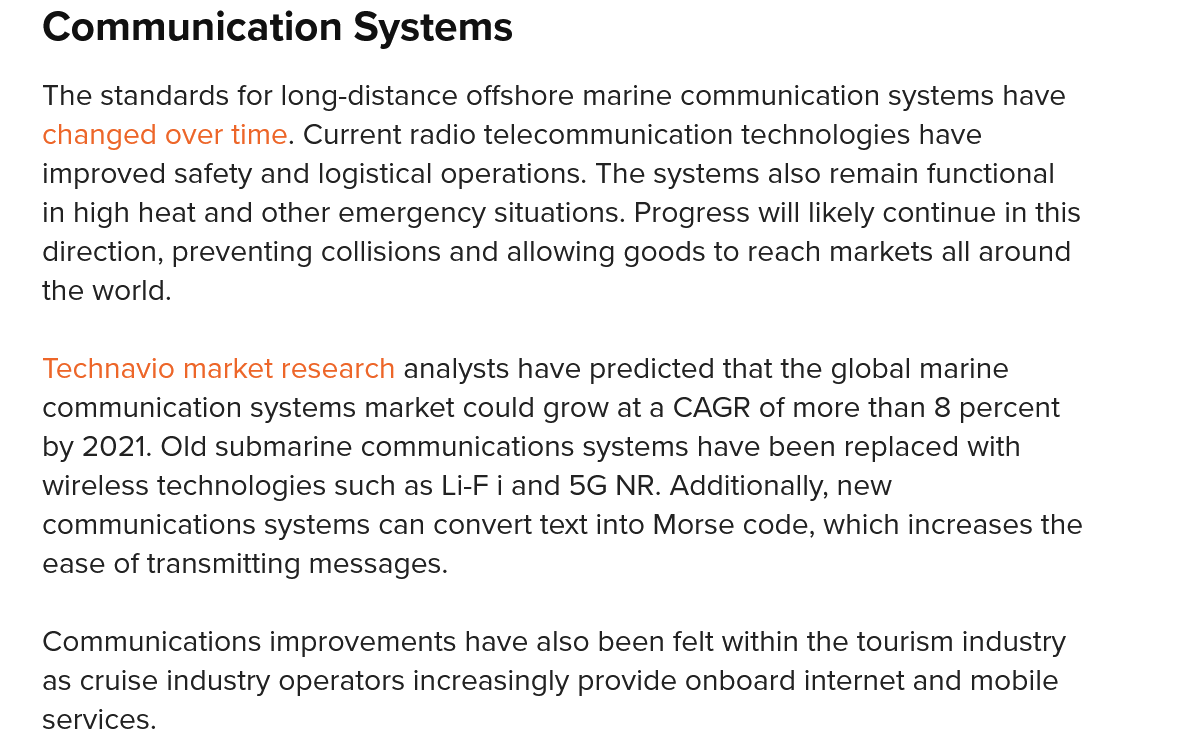
Communication    Systems
   The standards for long-distance offshore marine communication systems have
   changed  over time. Current radio telecommunication technologies have
   improved safety and logistical operations. The systems also remain functional
   in high heat and other emergency situations. Progress will likely continue in this
   direction, preventing collisions and allowing goods to reach markets all around
   the world.
   Technavio market research analysts have predicted that the global marine
   communication systems market could grow at a CAGR of more than 8 percent
   by 2021. Old submarine communications systems have been replaced with
   wireless technologies such as Li-F i and 5G NR. Additionally, new
   communications systems can convert text into Morse code, which increases the
   ease of transmitting messages.
   Communications  improvements have also been felt within the tourism industry
   as cruise industry operators increasingly provide onboard internet and mobile
   services.